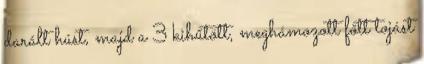
darált húst, majd a 3 kihűtött, meghámozott főtt tojást